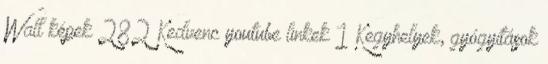
Wall képek 282 Kedvenc youtube linkek 1 Kegyhelyek, gyógyítások